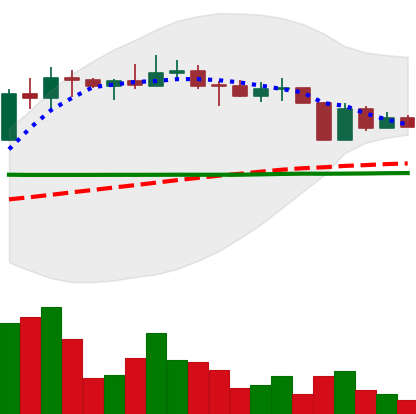
Ticker: ETC-USD
Chart end date: 2022-04-10
Forward return: -7.714%
Label: down_7plus